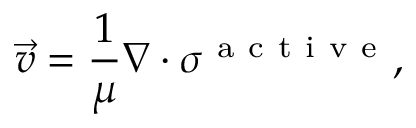
\vec { v } = \frac { 1 } { \mu } \nabla \cdot \sigma ^ { \mathrm { ~ a ~ c ~ t ~ i ~ v ~ e ~ } } ,